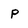
Character: P